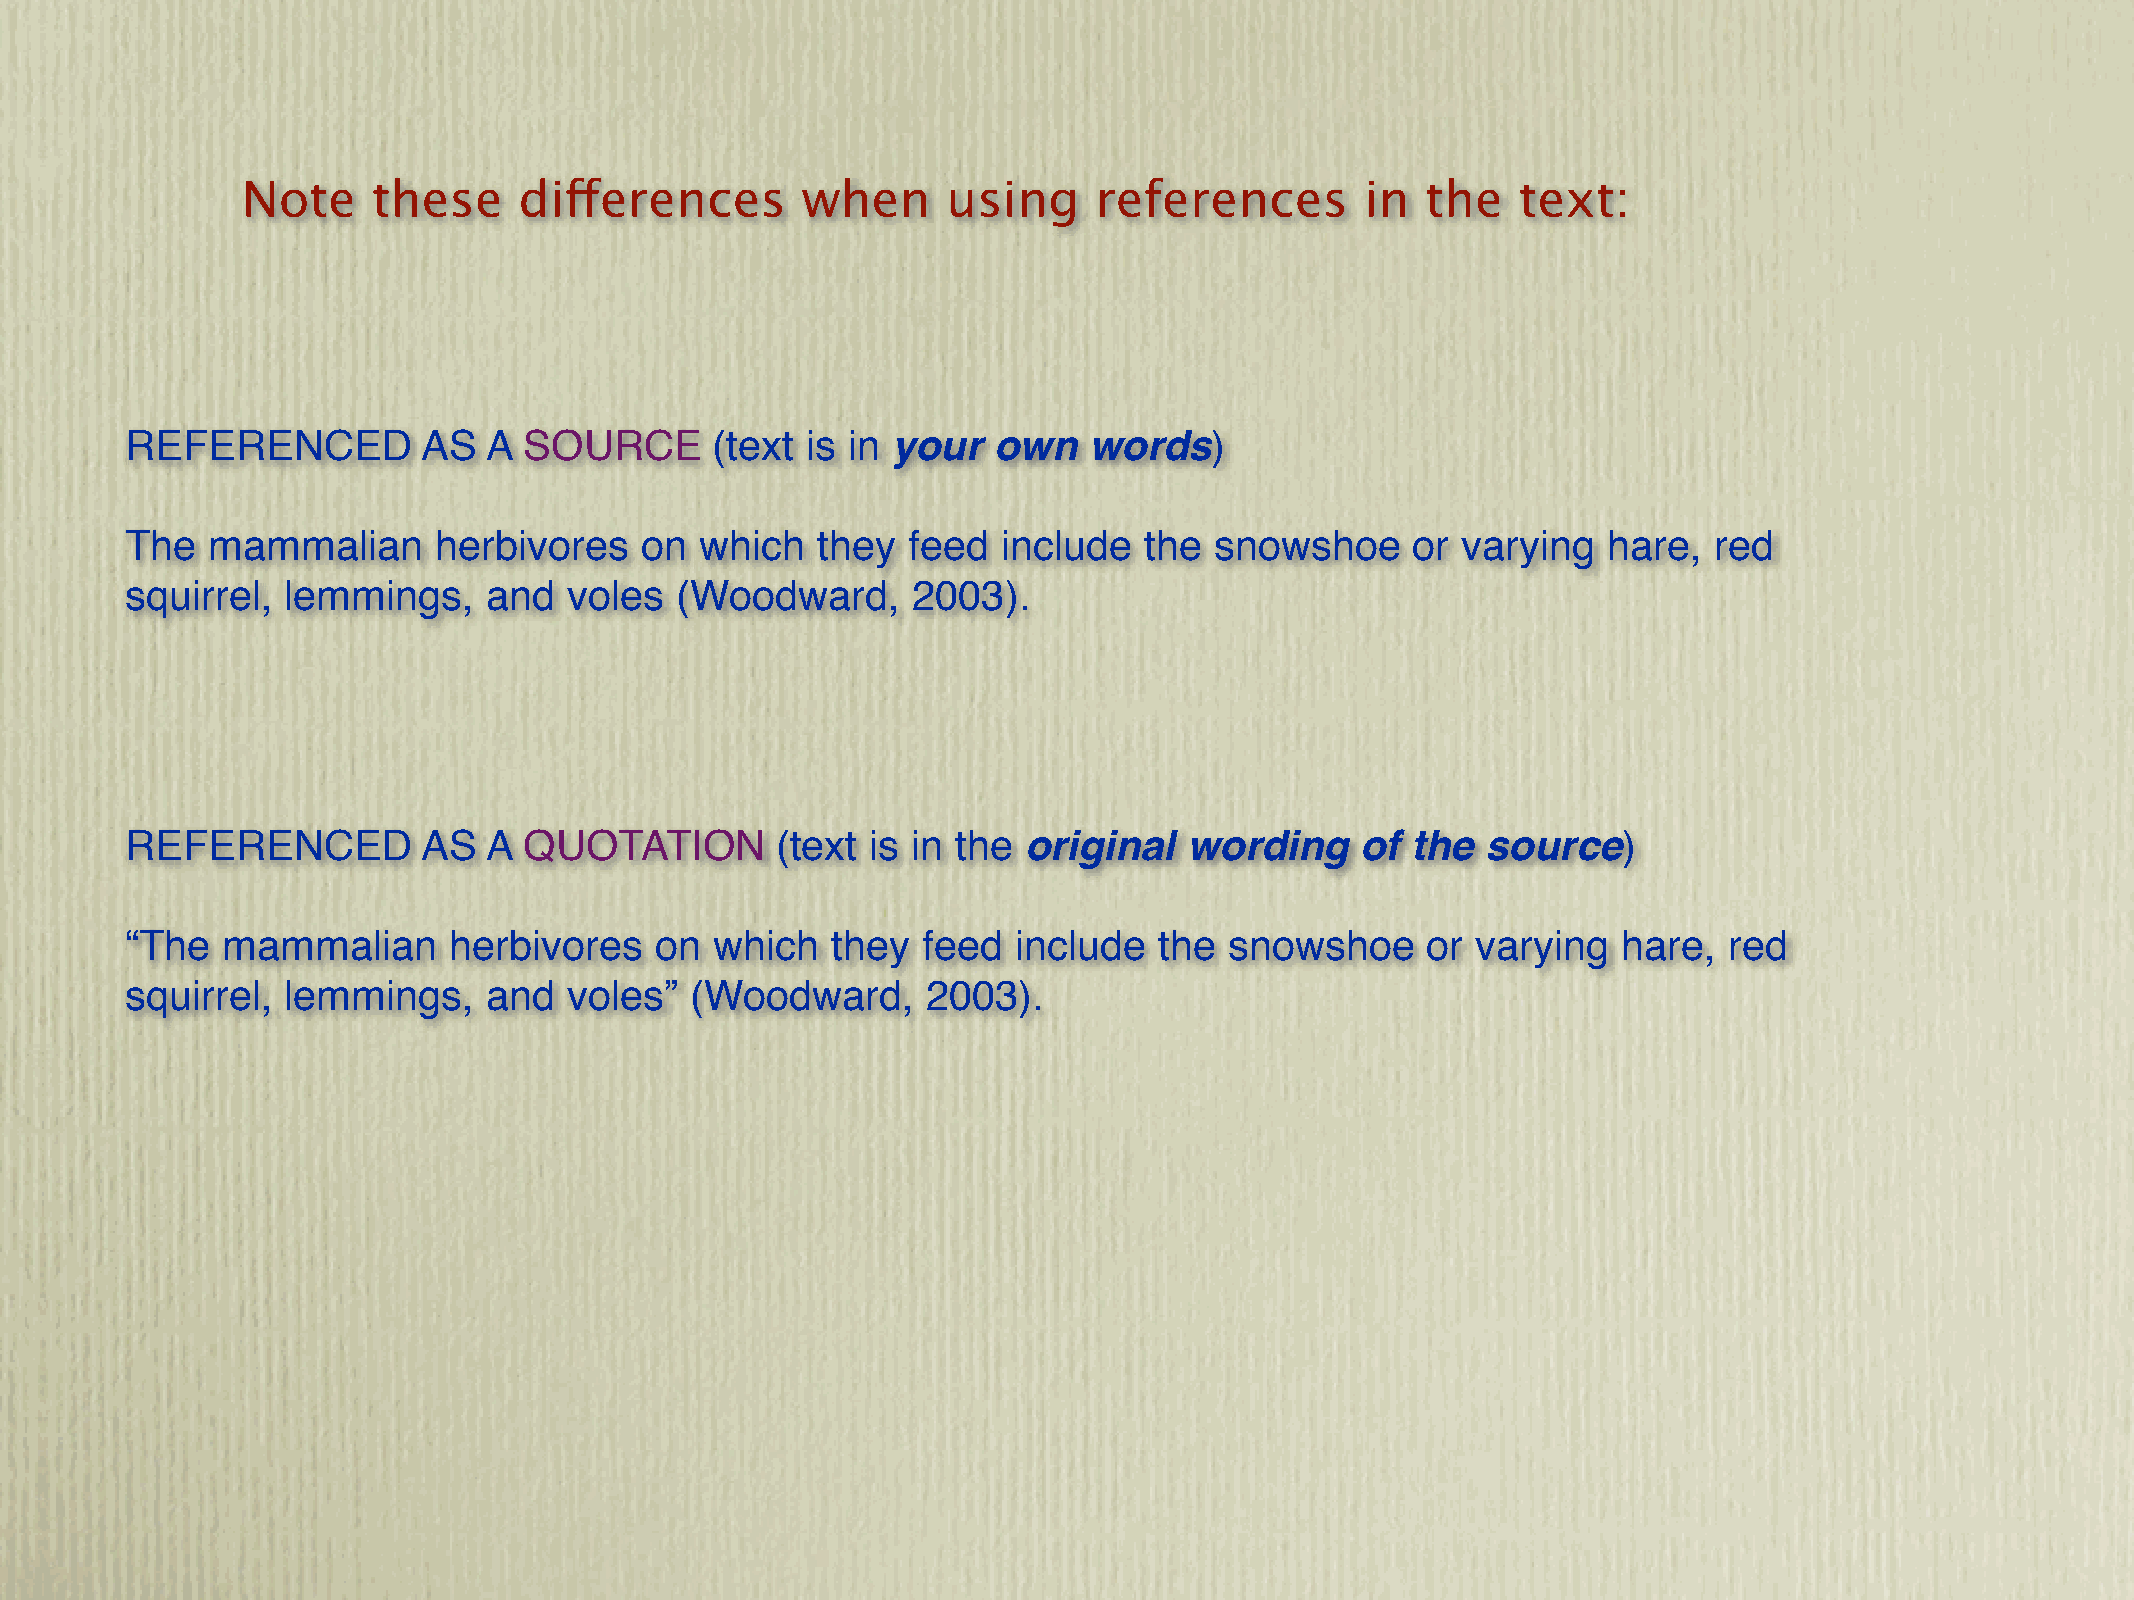
Note     these    differences        when      using    references        in  the    text:
 REFERENCED          AS  A  SOURCE      (text is in your   own   words)
 The   mammalian      herbivores   on  which   they  feed  include   the snowshoe      or varying  hare,  red
 squirrel,  lemmings,    and   voles  (Woodward,     2003).
 REFERENCED          AS  A  QUOTATION       (text  is in the original   wording    of the  source)
 “The   mammalian      herbivores   on  which   they  feed  include   the snowshoe     or  varying  hare,  red
 squirrel,  lemmings,    and   voles”  (Woodward,     2003).